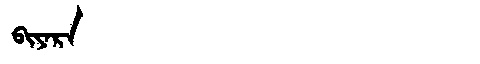
Manchu: ᠪᡳᠶᠠᡵᠠ
Romanization: BIYARA